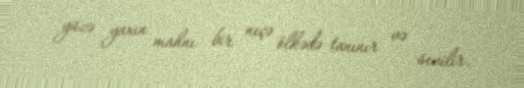
yüzə yaxın mahnı bir neçə ölkədə tanınır və sevilir.